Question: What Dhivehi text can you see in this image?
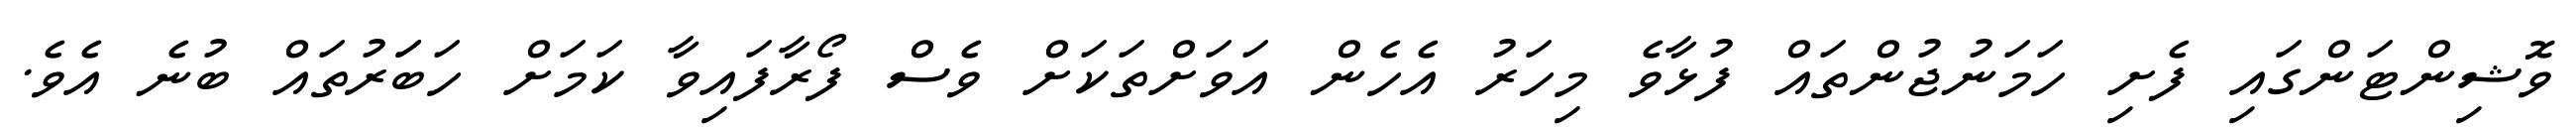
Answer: ވޮޝިންޓަންގައި ފެށި ހަމަނުޖުންތައް ފުޅާވެ މިހަރު އެހެން އަވަށްތަކަށް ވެސް ފޯރާފައިވާ ކަމަށް ހަބަަރުތައް ބުނެ އެވެ.